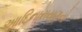
આદિનારાયણનો